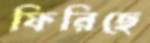
ফিরিছে